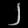
Digit: ၂